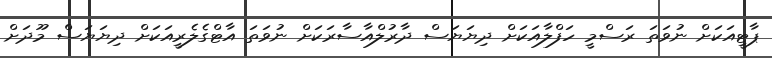
ޕާޓީއަކަށް ނުވަތަ ރަސްމީ ހަފްލާއަކަށް ދިޔަޔަސް ދާރުލްއާސާރަކަށް ނުވަތަ އާޓްގެލެރީއަކަށް ދިޔަޔަސް މޫދަށް